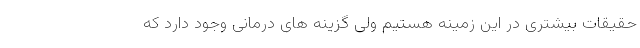
حقيقات بیشتری در این زمینه هستیم ولی گزینه های درمانی وجود دارد که